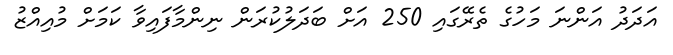
އަދަދު އަންނަ މަހުގެ ތެރޭގައި 250 އަށް ބަދަލުކުރަން ނިންމާފައިވާ ކަމަށް މުއިއްޒު